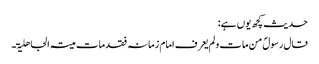
حدیث کچھ یوں ہے:
قال رسولؐ من مات و لم یعرف امام زمانہ فقد مات میتۃ الجاھلیۃ۔